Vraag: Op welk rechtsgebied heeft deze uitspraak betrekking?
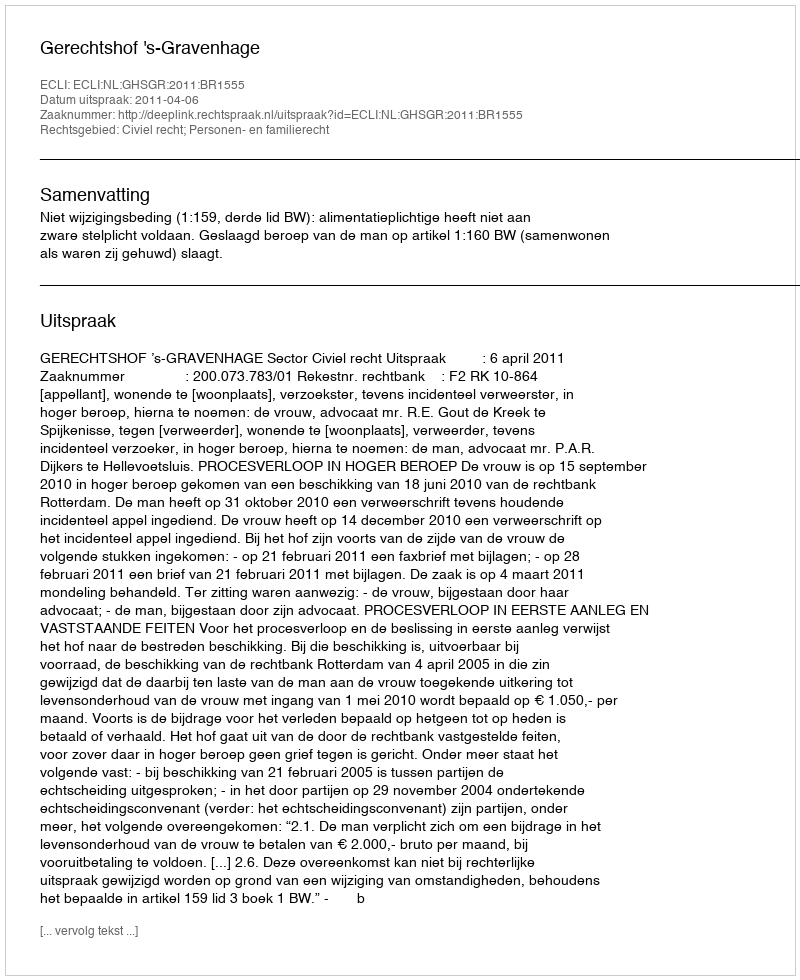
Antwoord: Civiel recht; Personen- en familierecht